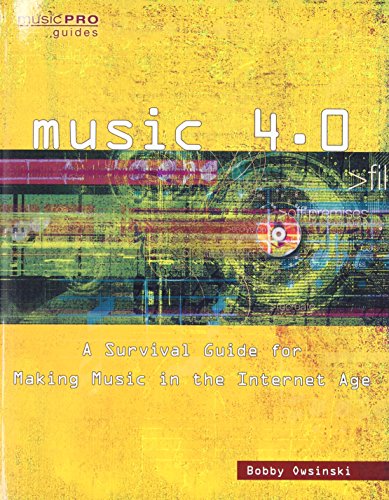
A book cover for Music 4.0: A Survival Guide for Making Music in the Internet Age (Music Pro Guides); Bobby Owsinski; Arts & Photography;